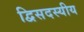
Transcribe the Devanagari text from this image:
द्विसदस्यीय